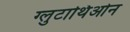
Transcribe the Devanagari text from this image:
ग्लुटाथिओन